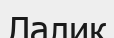
Лалик